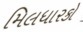
મિલધારકો